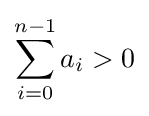
\sum _{i=0}^{n-1}a_{i}>0